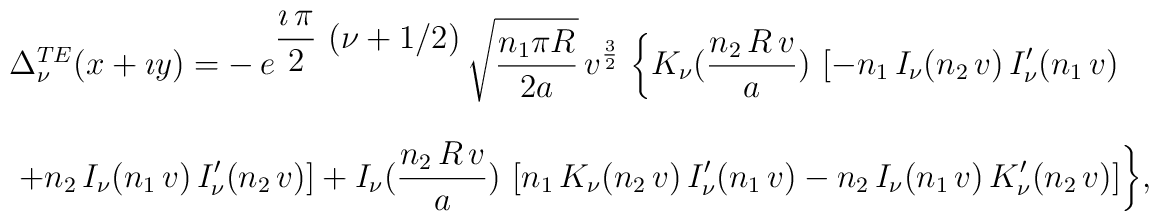
\begin{array}{c}  \Delta^{TE}_{\nu} (x+\imath y)=  \displaystyle{-\, e^{\displaystyle{\frac{\imath \, \pi}{2}\,       \left( \nu + 1/2 \right) }}\,    {\sqrt{\frac{n_1 \pi R}{2 a}}}\,}       \displaystyle{{v }^{\frac{3}{2}}\,    \left\{ K_\nu(        \frac{n_2 \,R\,           v }{a})\,       \left[ - n_1\,            I_\nu( n_2 \, v )\, I'_\nu( n_1 \, v ) \right.\right.}            \\ \\            \displaystyle{ \phantom{\frac{1}{1}}  \left.  \left.             +  n_2 \, I_\nu( n_1 \,v ) \,I'_\nu( n_2 \,v )  \right]          +   I_\nu( \frac{n_2 \,R\, v }{a})\, \left[ n_1\,          K_\nu( n_2 \,v ) \,I'_\nu( n_1 \,v )          - n_2\, I_\nu( n_1 \,v ) \,K'_\nu( n_2 \,v )         \right]  \right\} },\end{array}